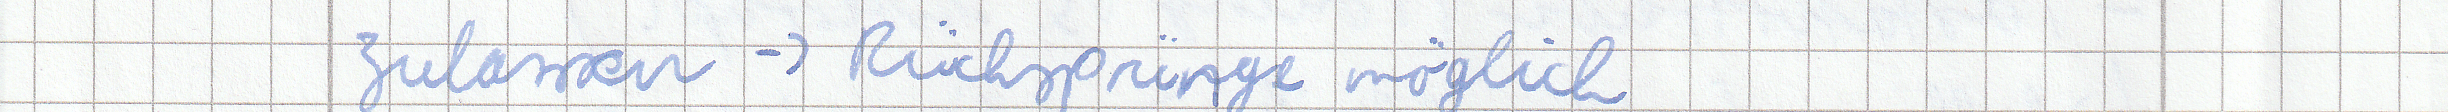
zulassen -> Rücksprünge möglich